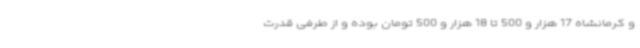
و کرمانشاه 17 هزار و 500 تا 18 هزار و 500 تومان بوده و از طرفی قدرت